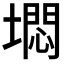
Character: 𱗹